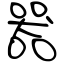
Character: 器